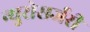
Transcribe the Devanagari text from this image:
न्युरोसर्जरी